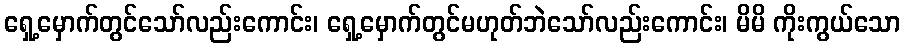
ရှေ့မှောက်တွင်သော်လည်းကောင်း၊ ရှေ့မှောက်တွင်မဟုတ်ဘဲသော်လည်းကောင်း၊ မိမိ ကိုးကွယ်သော